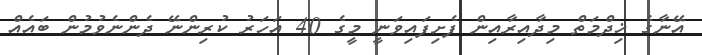
އޭނާގެ ޚިދްމަތް މިދާއިރާއިން ފެށިފައިވަނީ މީގެ 40 އަހަރު ކުރިންނޭ ދެންނެވުމުން ބައެއް